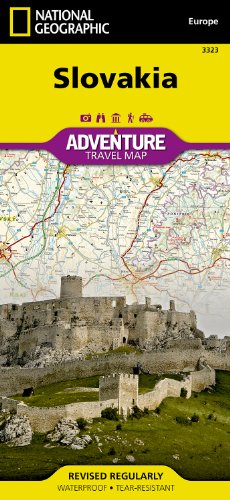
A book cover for Slovakia (National Geographic Adventure Map); National Geographic Maps - Adventure; Travel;